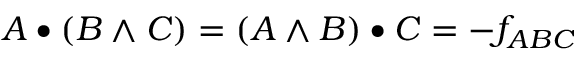
A \bullet ( B \wedge C ) = ( A \wedge B ) \bullet C = - f _ { A B C }